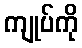
ကျုပ်ကို